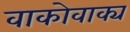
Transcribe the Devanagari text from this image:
वाकोवाक्य